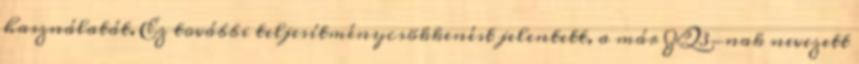
használatát. Ez további teljesítménycsökkenést jelentett, a már ZQ3-nak nevezett